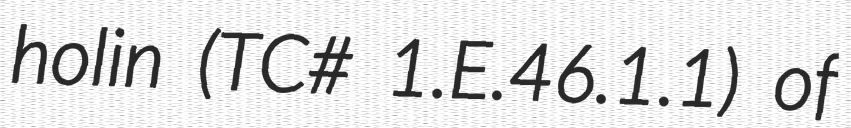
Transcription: holin (TC# 1.E.46.1.1) of